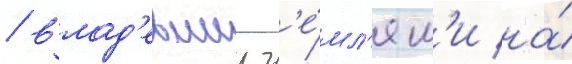
/ влад'евшии з'е́мл'ям'и на́